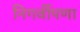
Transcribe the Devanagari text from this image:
निगर्वीपणा